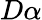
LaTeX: D\alpha